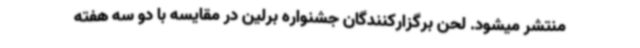
منتشر میشود. لحن برگزارکنندگان جشنواره برلین در مقایسه با دو سه هفته